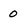
Character: 0